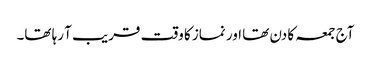
آج جمعہ کا دن تھا اور نماز کا وقت قریب آ رہا تھا۔